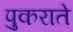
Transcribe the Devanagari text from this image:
पुकराते